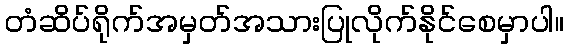
တံဆိပ်ရိုက်အမှတ်အသားပြုလိုက်နိုင်စေမှာပါ။